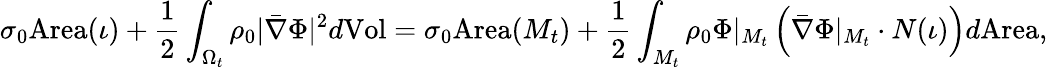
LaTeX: \sigma_{0}\mathrm{Area}(\iota)+\frac{1}{2}\int_{\Omega_{t}}\rho_{0}|\bar{\nabla}\Phi|^{2}d\mathrm{Vol}=\sigma_{0}\mathrm{Area}(M_{t})+\frac{1}{2}\int_{M_{t}}\rho_{0}\Phi|_{M_{t}}\left(\bar{\nabla}\Phi|_{M_{t}}\cdot N(\iota)\right)d\mathrm{Area},